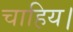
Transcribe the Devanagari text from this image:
चाहिय।